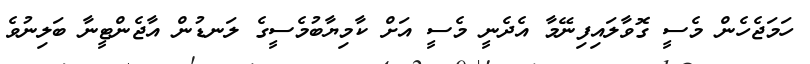
ހަމަޖެހެން މެސީ ގޮވާލައިފިނޭމާ އެދެނީ މެސީ އަށް ކާމިޔާބުމެސީގެ ލަނޑުން އާޖެންޓީނާ ބަލިނުވެ